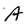
Character: a